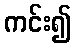
ကင်း၍